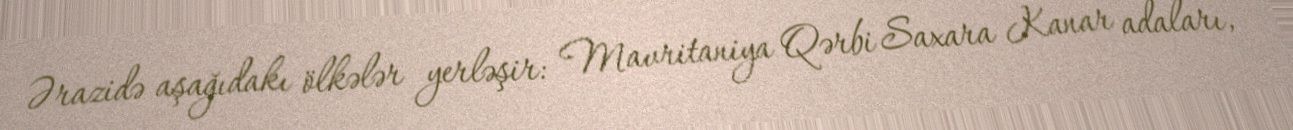
Ərazidə aşağıdakı ölkələr yerləşir: Mavritaniya Qərbi Saxara Kanar adaları,